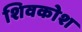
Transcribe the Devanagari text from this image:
शिवकोश